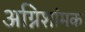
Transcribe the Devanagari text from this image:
अग्निशांमक